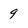
Character: 9